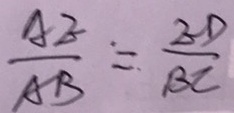
\frac { A E } { A B } = \frac { E D } { B C }